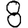
Digit: 8